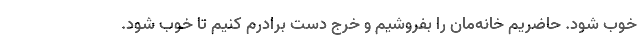
خوب شود. حاضریم خانه‌مان را بفروشیم و خرج دست برادرم کنیم تا خوب شود.